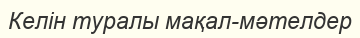
Келін туралы мақал-мәтелдер